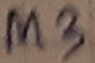
Text: M3